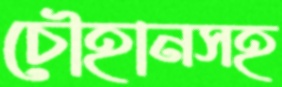
চৌহানসহ